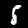
Label: 5